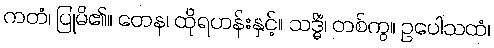
ကတံ၊ ပြုမိ၏။ တေန၊ ထိုရဟန်းနှင့်။ သဒ္ဓိံ၊ တစ်ကွ။ ဥပေါသထံ၊